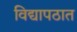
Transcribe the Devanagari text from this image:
विद्यापठात